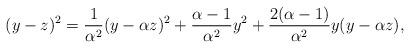
LaTeX: \begin{align*}(y-z)^{2}&=\frac{1}{\alpha^{2}}(y-\alpha z)^{2}+\frac{\alpha-1}{\alpha^{2}}y^{2}+\frac{2(\alpha-1)}{\alpha^{2}}y(y-\alpha z),\end{align*}